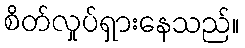
စိတ်လှုပ်ရှားနေသည်။